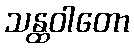
သန္ထဝါတော